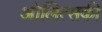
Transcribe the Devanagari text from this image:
ओलित्सकी